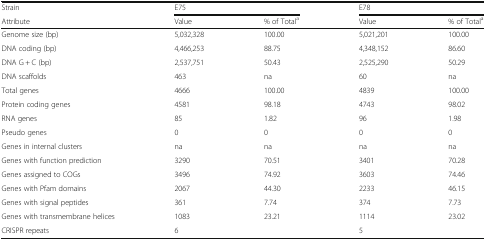
<table><thead><tr><td><b>Strain</b></td><td colspan="2"><b>E75</b></td><td colspan="2"><b>E78</b></td></tr><tr><td><b>Attribute</b></td><td><b>Value</b></td><td><b>% of Total<sup>a</sup></b></td><td><b>Value</b></td><td><b>% of Total<sup>a</sup></b></td></tr></thead><tbody><tr><td>Genome size (bp)</td><td>5,032,328</td><td>100.00</td><td>5,021,201</td><td>100.00</td></tr><tr><td>DNA coding (bp)</td><td>4,466,253</td><td>88.75</td><td>4,348,152</td><td>86.60</td></tr><tr><td>DNA G + C (bp)</td><td>2,537,751</td><td>50.43</td><td>2,525,290</td><td>50.29</td></tr><tr><td>DNA scaffolds</td><td>463</td><td>na</td><td>60</td><td>na</td></tr><tr><td>Total genes</td><td>4666</td><td>100.00</td><td>4839</td><td>100.00</td></tr><tr><td>Protein coding genes</td><td>4581</td><td>98.18</td><td>4743</td><td>98.02</td></tr><tr><td>RNA genes</td><td>85</td><td>1.82</td><td>96</td><td>1.98</td></tr><tr><td>Pseudo genes</td><td>0</td><td>0</td><td>0</td><td>0</td></tr><tr><td>Genes in internal clusters</td><td>na</td><td>na</td><td>na</td><td>na</td></tr><tr><td>Genes with function prediction</td><td>3290</td><td>70.51</td><td>3401</td><td>70.28</td></tr><tr><td>Genes assigned to COGs</td><td>3496</td><td>74.92</td><td>3603</td><td>74.46</td></tr><tr><td>Genes with Pfam domains</td><td>2067</td><td>44.30</td><td>2233</td><td>46.15</td></tr><tr><td>Genes with signal peptides</td><td>361</td><td>7.74</td><td>374</td><td>7.73</td></tr><tr><td>Genes with transmembrane helices</td><td>1083</td><td>23.21</td><td>1114</td><td>23.02</td></tr><tr><td>CRISPR repeats</td><td>6</td><td></td><td>5</td><td></td></tr></tbody></table>